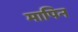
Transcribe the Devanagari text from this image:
मापिन